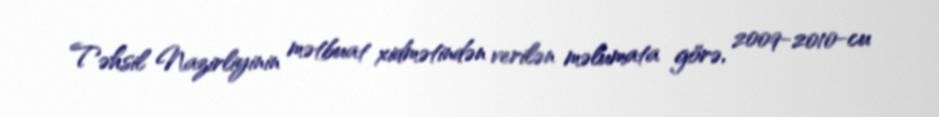
Təhsil Nazirliyinin mətbuat xidmətindən verilən məlumata görə, 2009-2010-cu